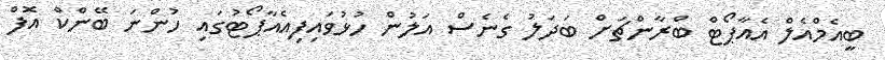
ބީއެމްއެލް އެއާޕޯޓް ބްރާންޗަށް ބަދަލު ގެނެސް އަލުން ހުޅުވައިފިއެއާޕޯޓުގައި ހުންނަ ބޭންކް އޮފް